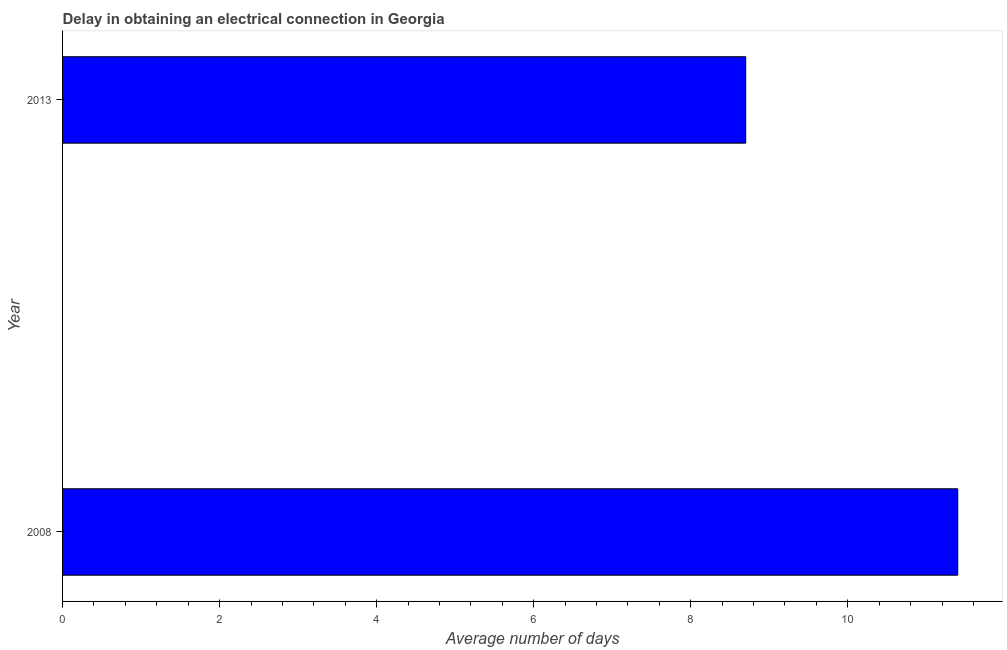
| Year | Dalay in Electrical connection |
 | --- | --- |
 | 2008 | 11.4 |
 | 2013 | 8.7 |